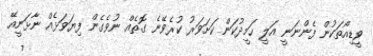
ވީޑިއޯތަކުން ފެންނަނީ އަލީ ހަމީދުކަން ކަށަވަރު ކުރެވޭނެ ގޮތެއް ނުވެގެން ފިޔަވަޅެއް ނާޅަނީއޭ